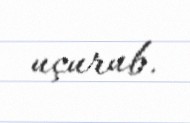
uçurub.